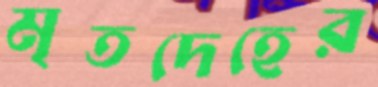
মৃতদেহের